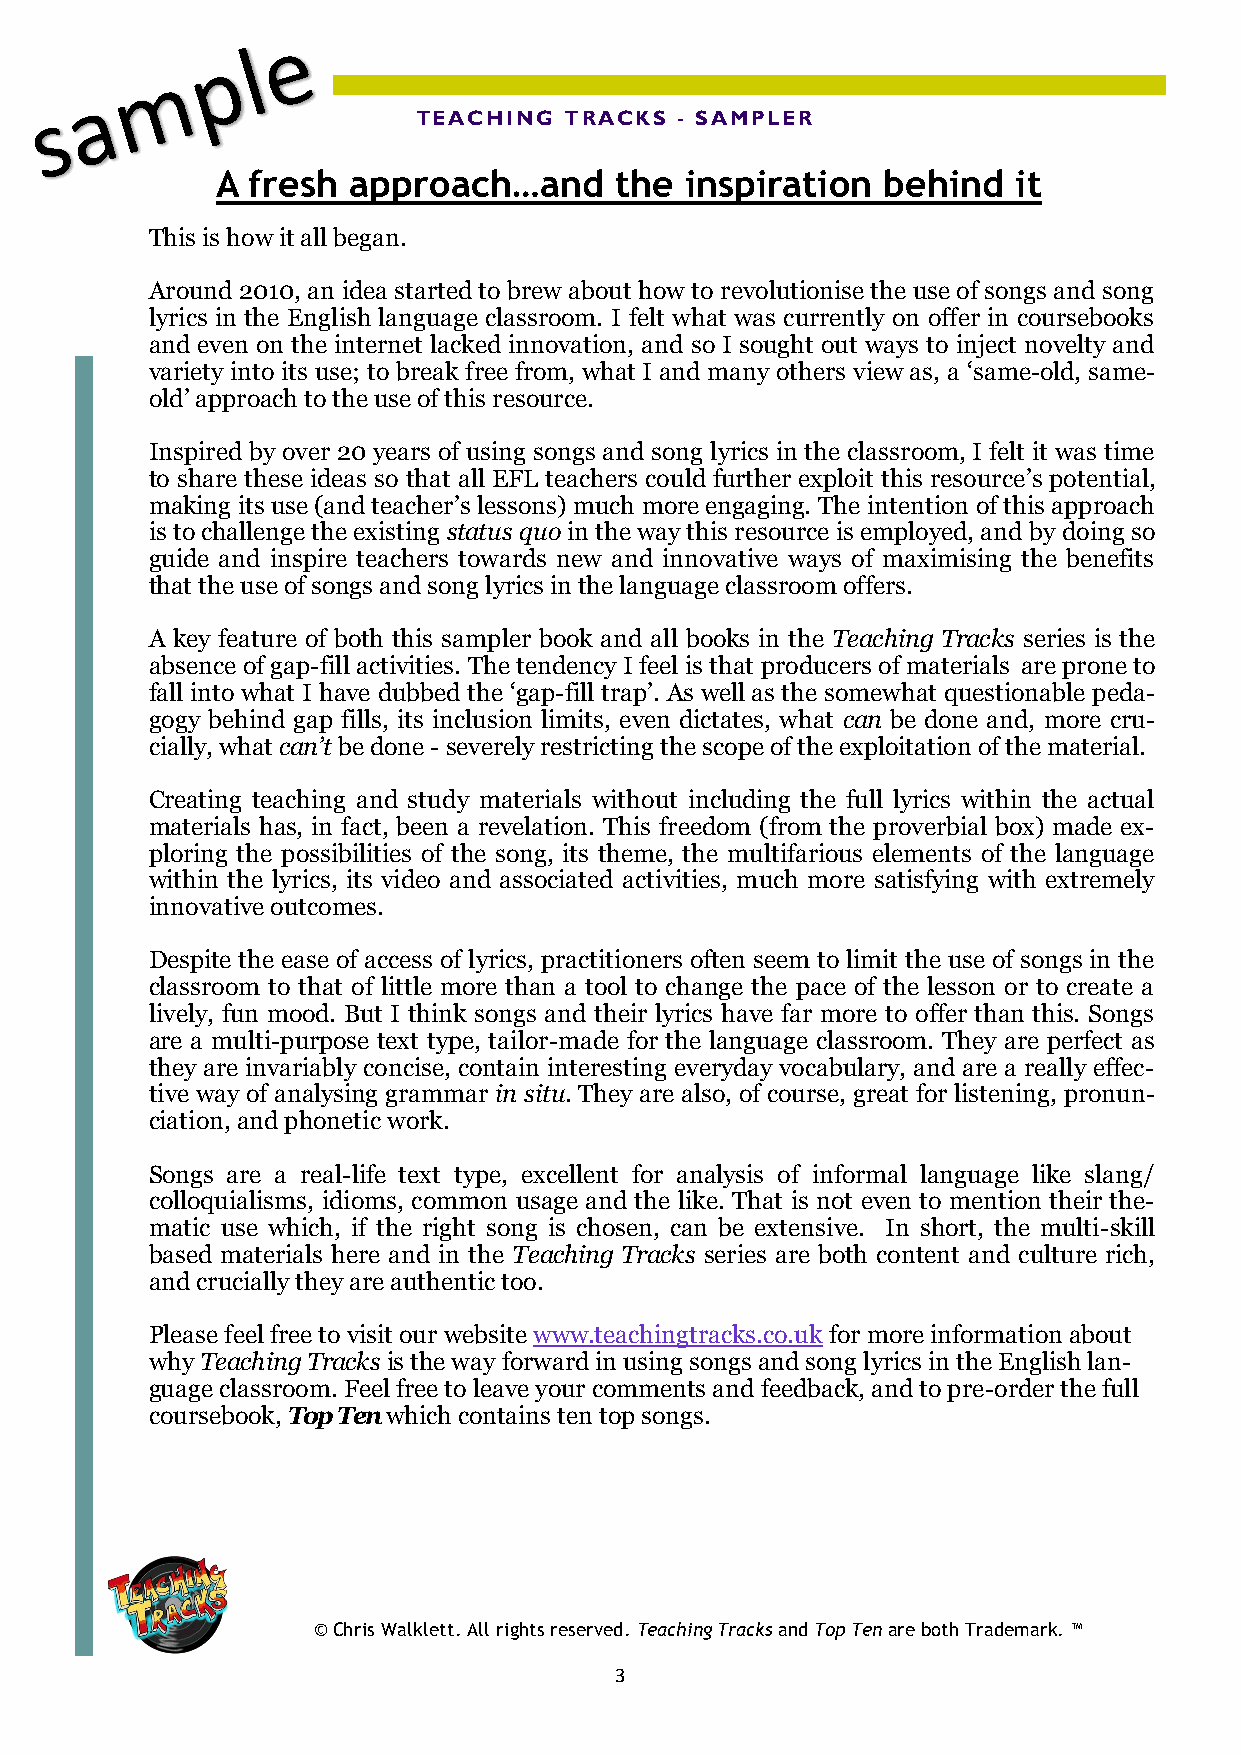
TEACHING  TRACKS  - SAMPLER
 A fresh  approach…and      the inspiration  behind   it
 This is how it all began.
 Around 2010, an idea started to brew about how to revolutionise the use of songs and song
 lyrics in the English language classroom. I felt what was currently on offer in coursebooks
 and even on the internet lacked innovation, and so I sought out ways to inject novelty and
 variety into its use; to break free from, what I and many others view as, a ‘same-old, same-
 old’ approach to the use of this resource.
 Inspired by over 20 years of using songs and song lyrics in the classroom, I felt it was time
 to share these ideas so that all EFL teachers could further exploit this resource’s potential,
 making its use (and teacher’s lessons) much more engaging. The intention of this approach
 is to challenge the existing status quo in the way this resource is employed, and by doing so
 guide and inspire teachers towards new and innovative ways of maximising the benefits
 that the use of songs and song lyrics in the language classroom offers.
 A key feature of both this sampler book and all books in the Teaching Tracks series is the
 absence of gap-fill activities. The tendency I feel is that producers of materials are prone to
 fall into what I have dubbed the ‘gap-fill trap’. As well as the somewhat questionable peda-
 gogy behind gap fills, its inclusion limits, even dictates, what can be done and, more cru-
 cially, what can’t be done - severely restricting the scope of the exploitation of the material.
 Creating teaching and study materials without including the full lyrics within the actual
 materials has, in fact, been a revelation. This freedom (from the proverbial box) made ex-
 ploring the possibilities of the song, its theme, the multifarious elements of the language
 within the lyrics, its video and associated activities, much more satisfying with extremely
 innovative outcomes.
 Despite the ease of access of lyrics, practitioners often seem to limit the use of songs in the
 classroom to that of little more than a tool to change the pace of the lesson or to create a
 lively, fun mood. But I think songs and their lyrics have far more to offer than this. Songs
 are a multi-purpose text type, tailor-made for the language classroom. They are perfect as
 they are invariably concise, contain interesting everyday vocabulary, and are a really effec-
 tive way of analysing grammar in situ. They are also, of course, great for listening, pronun-
 ciation, and phonetic work.
 Songs are a real-life text type, excellent for analysis of informal language like slang/
 colloquialisms, idioms, common usage and the like. That is not even to mention their the-
 matic use which, if the right song is chosen, can be extensive. In short, the multi-skill
 based materials here and in the Teaching Tracks series are both content and culture rich,
 and crucially they are authentic too.
 Please feel free to visit our website www.teachingtracks.co.uk for more information about
 why Teaching Tracks is the way forward in using songs and song lyrics in the English lan-
 guage classroom. Feel free to leave your comments and feedback, and to pre-order the full
 coursebook, Top Ten which contains ten top songs.
 © Chris Walklett. All rights reserved. Teaching Tracks and Top Ten are both Trademark. ™
 3